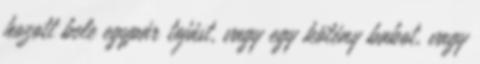
hozott bele egypár tojást, vagy egy kötény babot, vagy